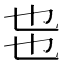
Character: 𰀸